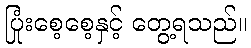
ပြုံးစေ့စေ့နှင့် တွေ့ရသည်။